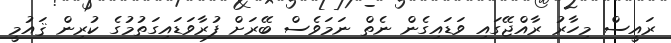
ރައީސް މިހާރު ރާއްޖޭގައި ވަޑައިގެން ނެތް ނަމަވެސް ބޭރަށް ފުރާވަޑައިގަތުމުގެ ކުރިން ޤައުމީ